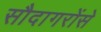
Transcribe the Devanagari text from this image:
सौदागरोंसे